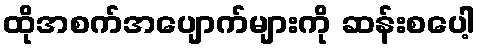
ထိုအစက်အပျောက်များကို ဆန်းစပေါ့